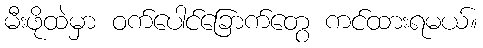
မီးဖိုထဲမှာ ဝက်ပေါင်ခြောက်တွေ ကင်ထားရမယ်။